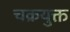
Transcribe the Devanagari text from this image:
चक्रयुक्त